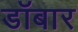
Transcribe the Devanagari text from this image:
डॉबार